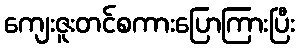
ကျေးဇူးတင်စကားပြောကြားပြီး